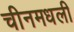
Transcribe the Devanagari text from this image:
चीनमधली